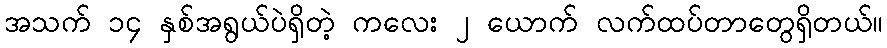
အသက် ၁၄ နှစ်အရွယ်ပဲရှိတဲ့ ကလေး ၂ ယောက် လက်ထပ်တာတွေရှိတယ်။